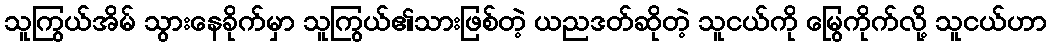
သူကြွယ်အိမ် သွားနေခိုက်မှာ သူကြွယ်၏သားဖြစ်တဲ့ ယညဒတ်ဆိုတဲ့ သူငယ်ကို မြွေကိုက်လို့ သူငယ်ဟာ